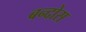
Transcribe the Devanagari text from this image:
बन्दोस